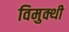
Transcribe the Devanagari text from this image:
विमुक्थी